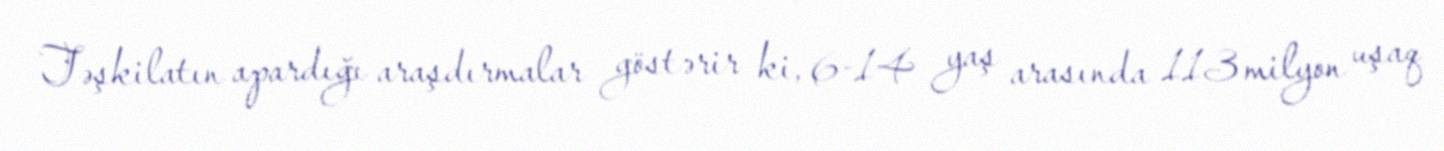
Təşkilatın apardığı araşdırmalar göstərir ki, 6-14 yaş arasında 113 milyon uşaq